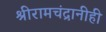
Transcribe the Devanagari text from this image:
श्रीरामचंद्रानीही